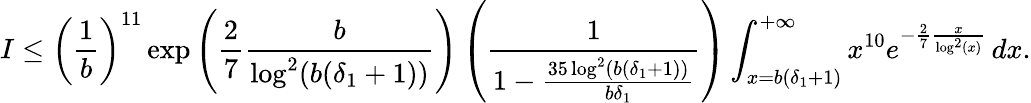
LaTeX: I\leq\left(\frac{1}{b}\right)^{11}\exp\left(\frac{2}{7}\frac{b}{\log^{2}(b(\delta_{1}+1))}\right)\left(\frac{1}{1-\frac{35\log^{2}(b(\delta_{1}+1))}{b\delta_{1}}}\right)\int_{x=b(\delta_{1}+1)}^{+\infty}x^{10}e^{-\frac{2}{7}\frac{x}{\log^{2}(x)}}\, dx.